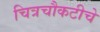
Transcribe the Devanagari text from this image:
चित्रचौकटीचे